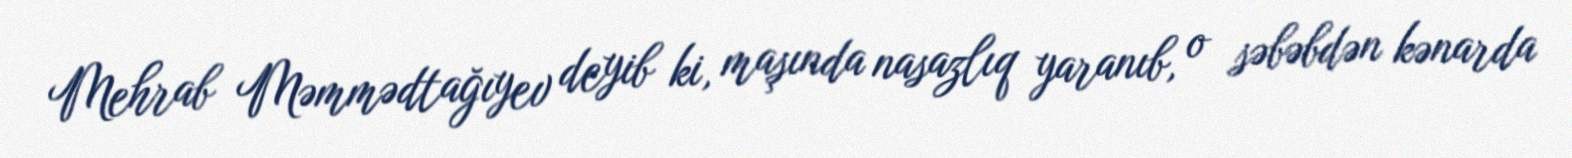
Mehrab Məmmədtağıyev deyib ki, maşında nasazlıq yaranıb, o səbəbdən kənarda